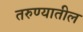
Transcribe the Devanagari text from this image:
तरुण्यातील